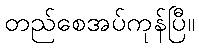
တည်စေအပ်ကုန်ပြီ။